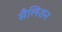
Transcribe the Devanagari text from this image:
सैलिशन